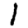
Digit: 1